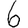
Digit: 6